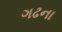
ગઢના